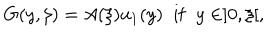
LaTeX: G ( y , \xi ) = A ( \xi ) u _ { 1 } ( y ) \; \; \mathrm { i f } \; \; y \in ] 0 , \xi [ ,